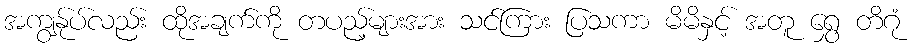
အကျွန်ုပ်လည်း ထိုအချက်ကို တပည့်များအား သင်ကြား ပြသကာ မိမိနှင့် အတူ ရွှေ တိဂုံ